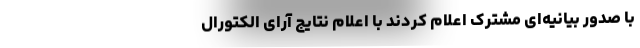
با صدور بیانیه‌ای مشترک اعلام کردند با اعلام نتایج آرای الکتورال